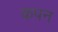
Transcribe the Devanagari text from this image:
कपन